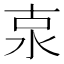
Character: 𣳂